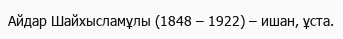
Айдар Шайхысламұлы (1848 – 1922) – ишан, ұста.